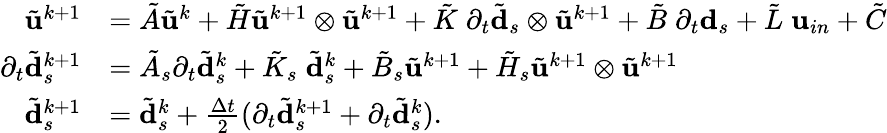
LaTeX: \begin{array}{rl}{\tilde{\mathbf{u}}^{k+1}}&{=\tilde{A}\tilde{\mathbf{u}}^{k}+\tilde{H}\tilde{\mathbf{u}}^{k+1}\otimes\tilde{\mathbf{u}}^{k+1}+\tilde{K}\; \partial_{t}\tilde{\mathbf{d}}_{s}\otimes\tilde{\mathbf{u}}^{k+1}+\tilde{B}\; \partial_{t}\mathbf{d}_{s}+\tilde{L}\; \mathbf{u}_{in}+\tilde{C}}\\ {\partial_{t}\tilde{\mathbf{d}}_{s}^{k+1}}&{=\tilde{A}_{s}\partial_{t}\tilde{\mathbf{d}}_{s}^{k}+\tilde{K}_{s}\; \tilde{\mathbf{d}}_{s}^{k}+\tilde{B}_{s}\tilde{\mathbf{u}}^{k+1}+\tilde{H}_{s}\tilde{\mathbf{u}}^{k+1}\otimes\tilde{\mathbf{u}}^{k+1}}\\ {\tilde{\mathbf{d}}_{s}^{k+1}}&{=\tilde{\mathbf{d}}_{s}^{k}+\frac{\Delta t}{2}(\partial_{t}\tilde{\mathbf{d}}_{s}^{k+1}+\partial_{t}\tilde{\mathbf{d}}_{s}^{k}).}\end{array}